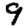
Digit: 9